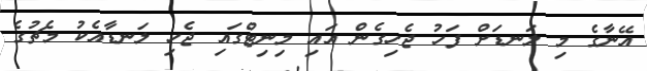
އޭނާގެ މި ލަނޑަށް ފަހު ޖެހިގެން އައި މިނިޓްގައި ޖެހި ލަނޑާއެކު މެޗުގެ